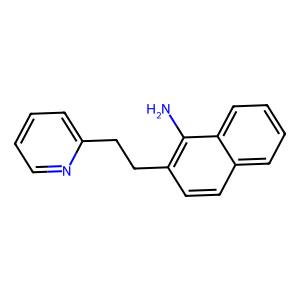
SMILES: Nc1c(CCc2ccccn2)ccc2ccccc12
Inhibits HIV replication: No